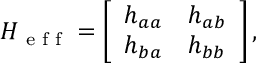
H _ { \textrm { e f f } } = \left[ \begin{array} { l l } { h _ { a a } } & { h _ { a b } } \\ { h _ { b a } } & { h _ { b b } } \end{array} \right] ,